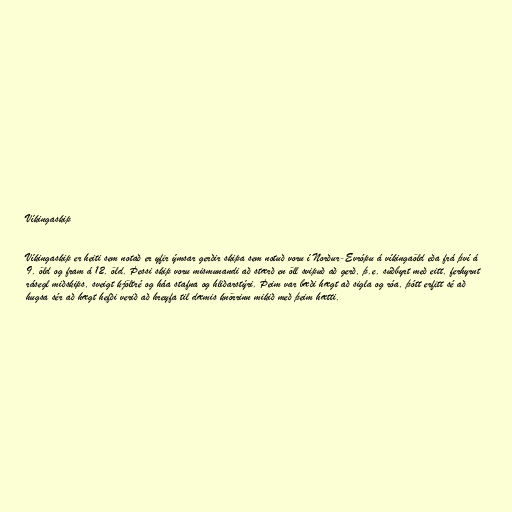
Víkingaskip

Víkingaskip er heiti sem notað er yfir ýmsar gerðir skipa sem notuð voru í Norður-Evrópu á víkingaöld eða frá því á
9. öld og fram á 12. öld. Þessi skip voru mismunandi að stærð en öll svipuð að gerð, þ.e. súðbyrt með eitt, ferhyrnt
rásegl miðskips, sveigt kjöltré og háa stafna og hliðarstýri. Þeim var bæði hægt að sigla og róa, þótt erfitt sé að
hugsa sér að hægt hefði verið að hreyfa til dæmis knörrinn mikið með þeim hætti.